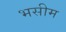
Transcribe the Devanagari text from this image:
भसीम